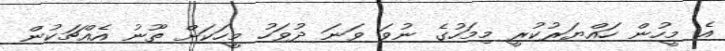
އެ މީހުން ހައްޔަރުކުރީ މިމަހުގެ ނުވަ ވަނަ ދުވަހު މީހަކަށް ތޫނު އެއްޗަކުން